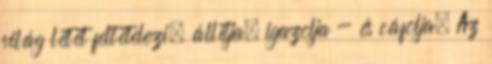
világ létét feltételezi, állítja, igazolja - és cáfolja. Az